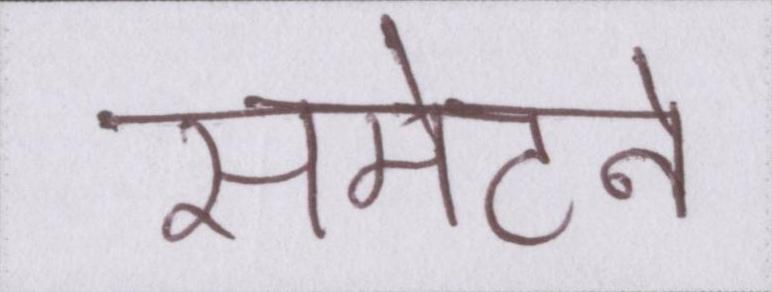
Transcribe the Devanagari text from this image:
समेटने